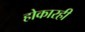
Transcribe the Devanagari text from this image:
होकारही